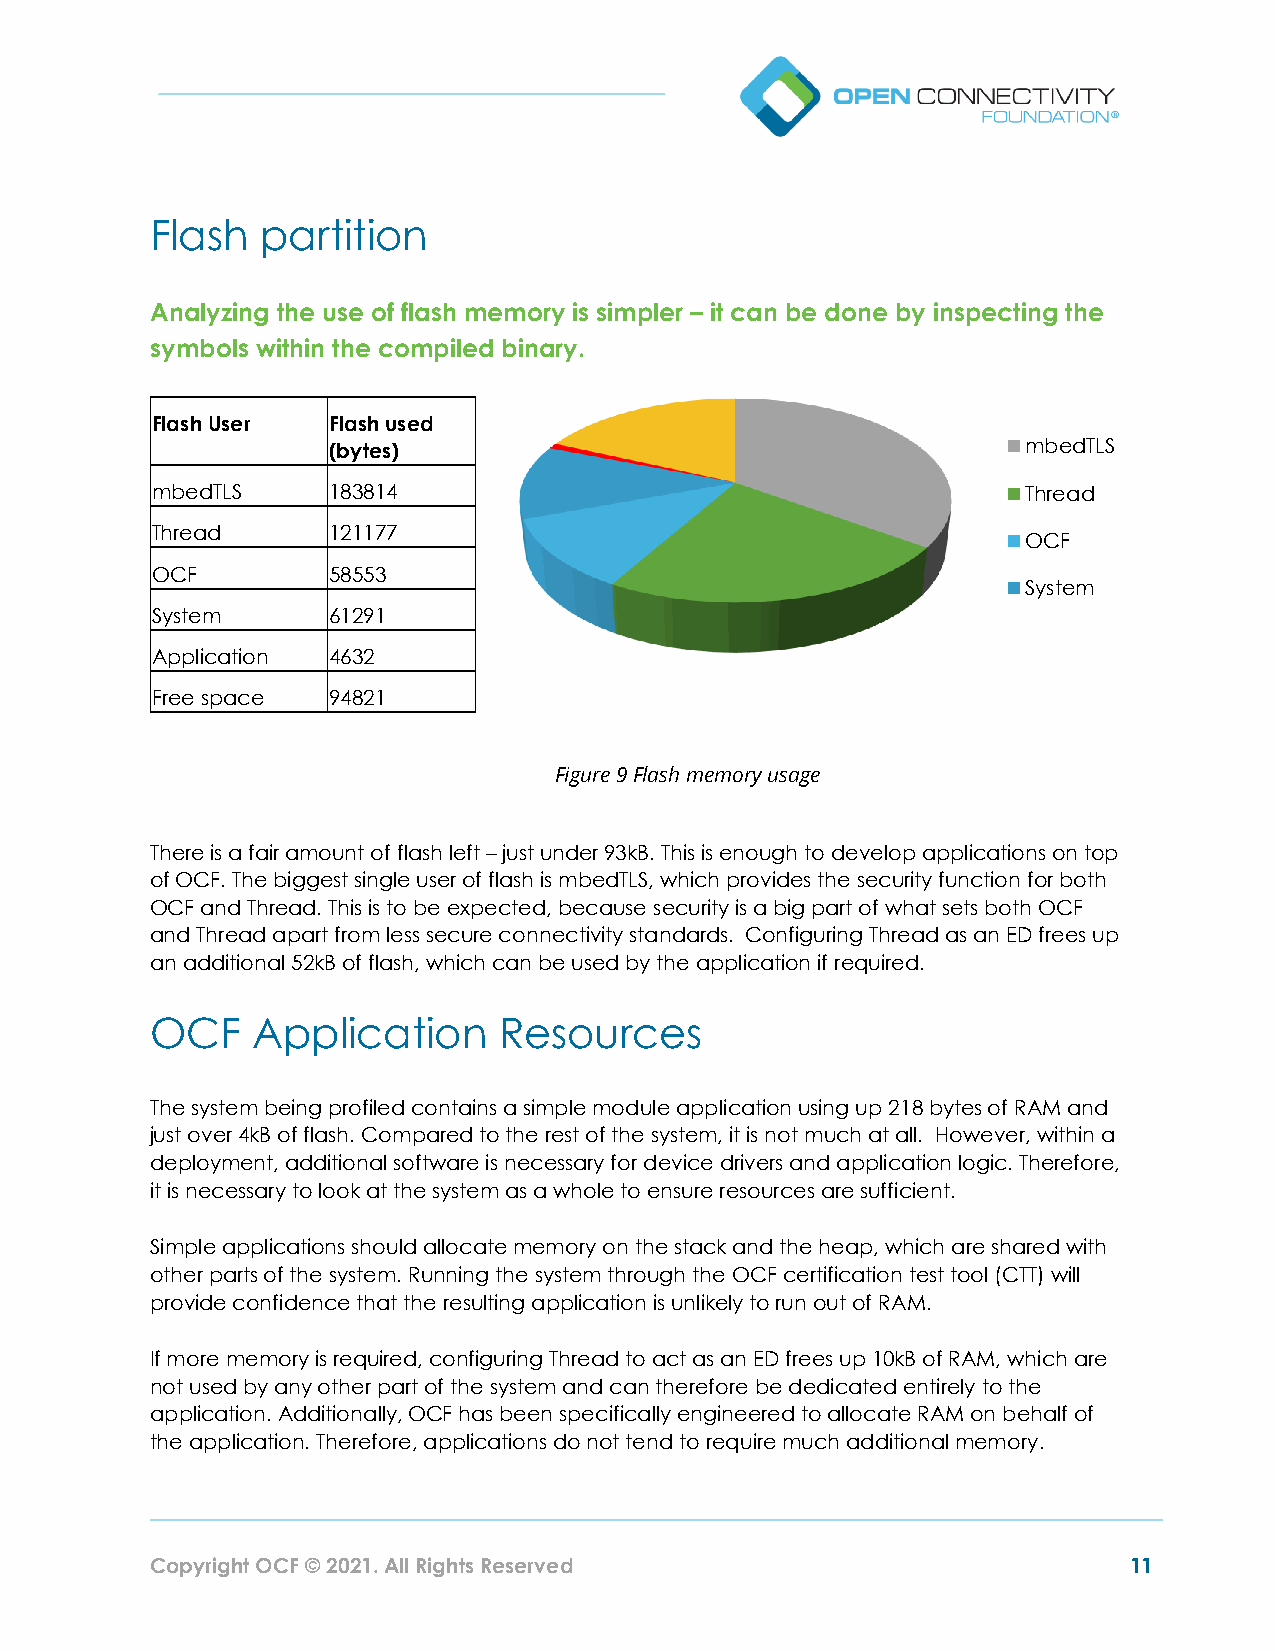
Flash  partition
 Analyzing the use of flash memory is simpler – it can be done by inspecting the
 symbols within the compiled binary.
 Flash User  Flash used
 (bytes)                                       mbedTLS
 mbedTLS     183814                                        Thread
 Thread      121177
 OCF
 OCF         58553
 System
 System      61291
 Application 4632
 Free space  94821
 Figure 9 Flash memory usage
 There is a fair amount of flash left – just under 93kB. This is enough to develop applications on top
 of OCF. The biggest single user of flash is mbedTLS, which provides the security function for both
 OCF and Thread. This is to be expected, because security is a big part of what sets both OCF
 and Thread apart from less secure connectivity standards. Configuring Thread as an ED frees up
 an additional 52kB of flash, which can be used by the application if required.
 OCF    Application     Resources
 The system being profiled contains a simple module application using up 218 bytes of RAM and
 just over 4kB of flash. Compared to the rest of the system, it is not much at all. However, within a
 deployment, additional software is necessary for device drivers and application logic. Therefore,
 it is necessary to look at the system as a whole to ensure resources are sufficient.
 Simple applications should allocate memory on the stack and the heap, which are shared with
 other parts of the system. Running the system through the OCF certification test tool (CTT) will
 provide confidence that the resulting application is unlikely to run out of RAM.
 If more memory is required, configuring Thread to act as an ED frees up 10kB of RAM, which are
 not used by any other part of the system and can therefore be dedicated entirely to the
 application. Additionally, OCF has been specifically engineered to allocate RAM on behalf of
 the application. Therefore, applications do not tend to require much additional memory.
 Copyright OCF © 2021. All Rights Reserved                        11